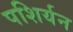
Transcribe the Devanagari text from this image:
पशिर्यन